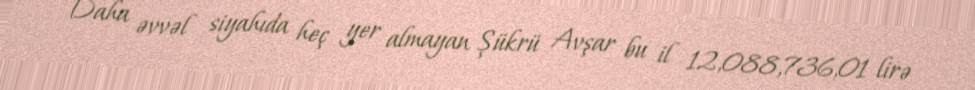
Daha əvvəl siyahıda heç yer almayan Şükrü Avşar bu il 12,088,736,01 lirə